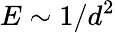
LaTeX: E\sim 1/d^{2}